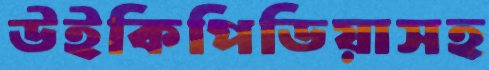
উইকিপিডিয়াসহ